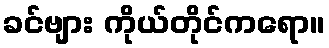
ခင်ဗျား ကိုယ်တိုင်ကရော။